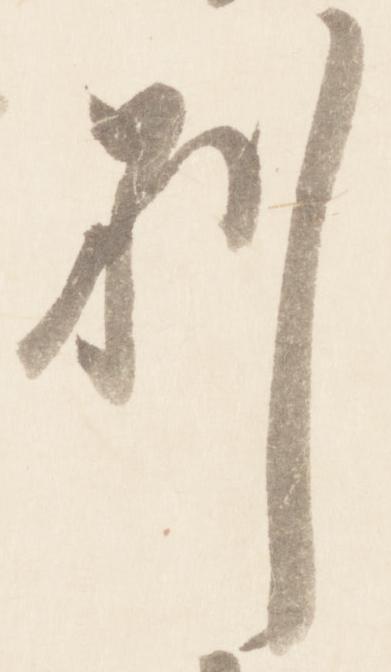
別